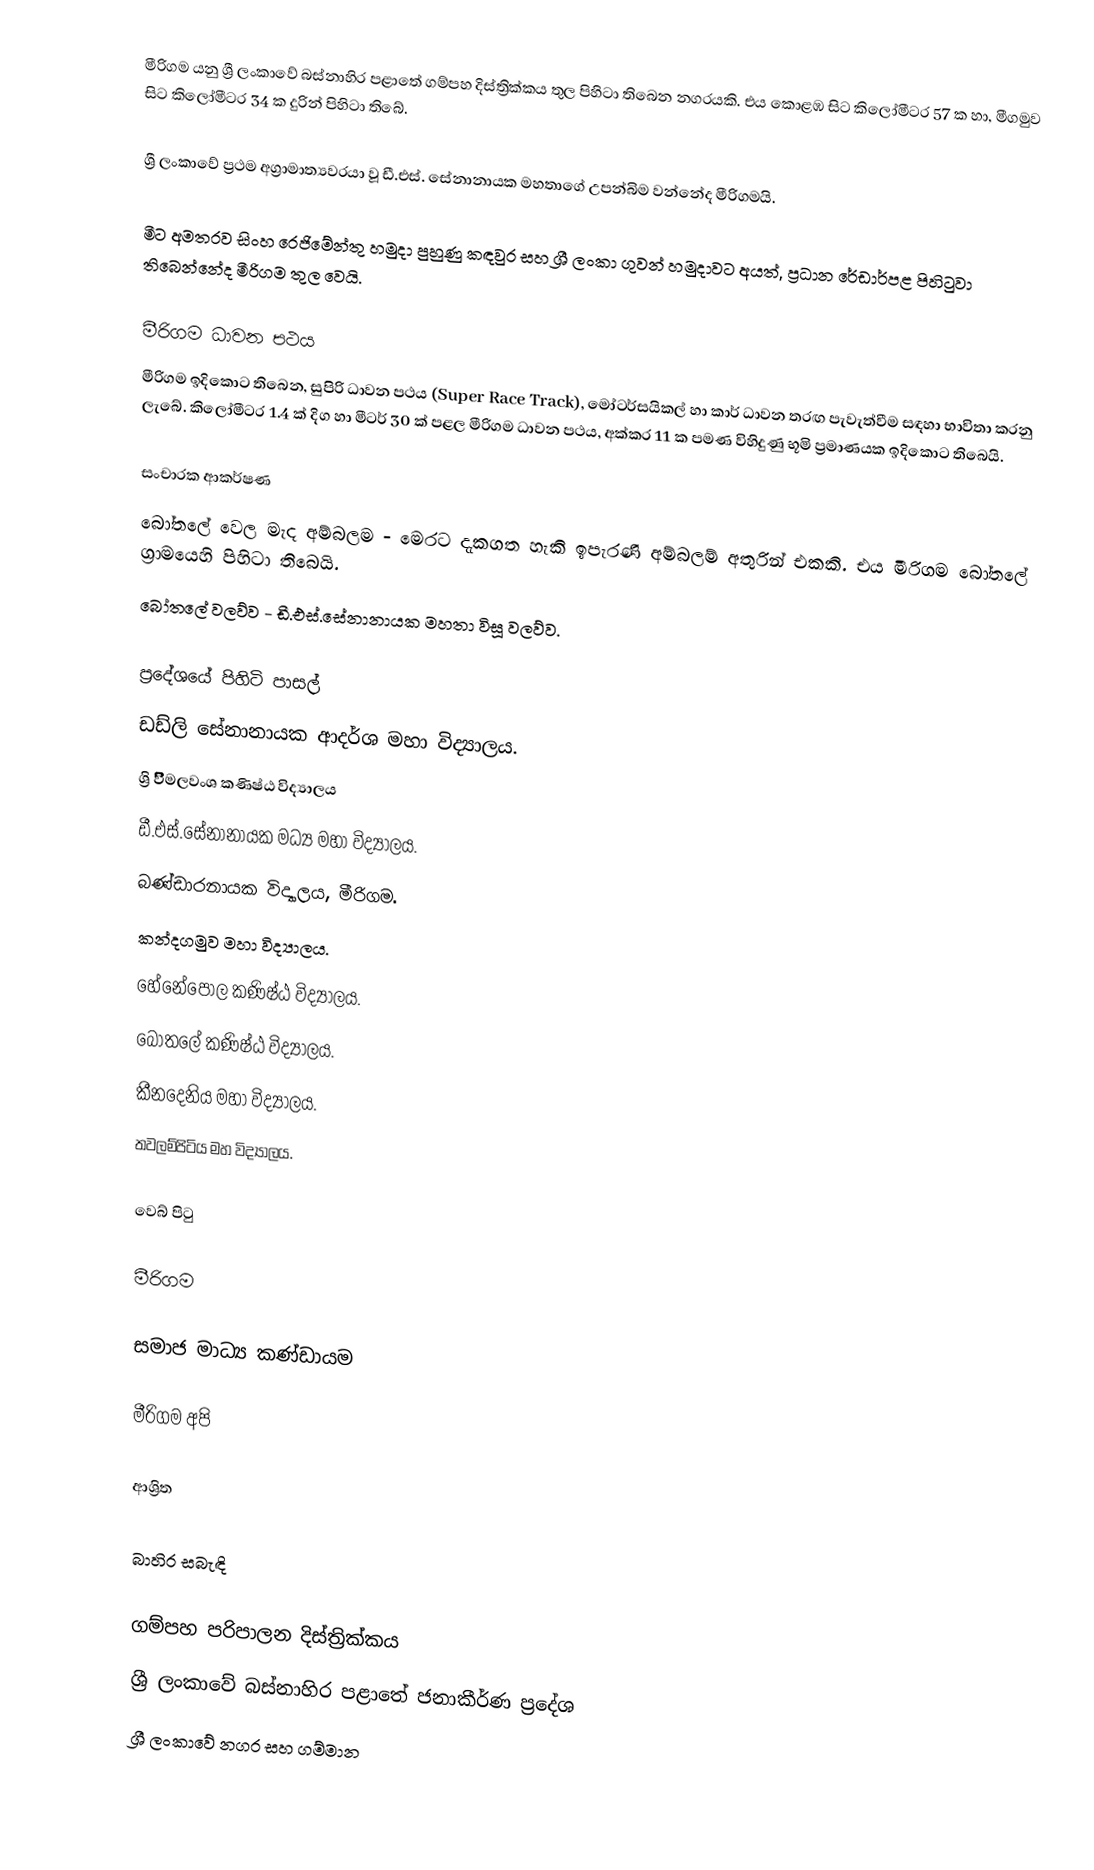
මීරිගම යනු ශ්‍රී ලංකාවේ බස්නාහිර පළාතේ ගම්පහ දිස්ත්‍රික්කය තුල පිහිටා තිබෙන නගරයකි. එය කොළඹ සිට කිලෝමීටර 57 ක හා, මීගමුව සිට කිලෝමීටර 34 ක දුරින් පිහිටා තිබේ.

ශ්‍රී ලංකාවේ ප්‍රථම අග්‍රාමාත්‍යවරයා වූ ඩී.එස්. සේනානායක මහතාගේ උපන්බිම වන්නේද මීරිගමයි.

මීට අමතරව සිංහ රෙජිමේන්තු හමුදා පුහුණු කඳවුර සහ ශ්‍රී ලංකා ගුවන් හමුදාවට අයත්, ප්‍රධාන රේඩාර්පළ පිහිටුවා තිබෙන්නේද මීරිගම තුල වෙයි.

මීරිගම ධාවන පථය
මීරිගම ඉදිකොට තිබෙන, සුපිරි ධාවන පථය (Super Race Track), මෝටර්සයිකල් හා කාර් ධාවන තරඟ පැවැත්වීම සඳහා භාවිතා කරනු ලැබේ. කිලෝමීටර 1.4 ක් දිග හා මීටර් 30 ක් පළල මීරිගම ධාවන පථය, අක්කර 11 ක පමණ විහිදුණු භූමි ප්‍රමාණයක ඉදිකොට තිබෙයි.

සංචාරක ආකර්ෂණ
බෝතලේ වෙල මැද අම්බලම - මෙරට දැකගත හැකි ඉපැරණි අම්බලම් අතුරින් එකකි. එය මීරිගම බෝතලේ ග්‍රාමයෙහි පිහිටා තිබෙයි.
බෝතලේ වලව්ව - ඩී.එස්.සේනානායක මහතා විසූ වලව්ව.

ප්‍රදේශයේ පිහිටි පාසල්
 ඩඩ්ලි සේනානායක ආදර්ශ මහා විද්‍යාලය.
 ශ්‍රි විිිිිිිිිිිිිිිිිිිිිිිිිිිිමලවංශ කණිෂ්ඨ විද්‍යාලය
 ඩී.එස්.සේනානායක මධ්‍ය මහා විද්‍යාලය.
 බණ්ඩාරනායක විද්‍යාලය, මීරිගම.
 කන්දගමුව මහා විද්‍යාලය.
 හේනේපොල කණිෂ්ඨ විද්‍යාලය.
 බෝතලේ කණිෂ්ඨ විද්‍යාලය.
 කීනදෙනිය මහා විද්‍යාලය.
 තවලම්පිටිය මහ විද්‍යාලය.

වෙබ් පිටු

 මීරිගම

සමාජ මාධ්‍ය කණ්ඩායම

 මීරිගම අපි

ආශ්‍රිත

බාහිර සබැඳි

ගම්පහ පරිපාලන දිස්ත්‍රික්කය
ශ්‍රී ලංකාවේ බස්නාහිර පළාතේ ජනාකීර්ණ ප්‍රදේශ
ශ්‍රී ලංකාවේ නගර සහ ගම්මාන